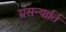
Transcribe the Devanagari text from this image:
ग्रसन्यार्ति